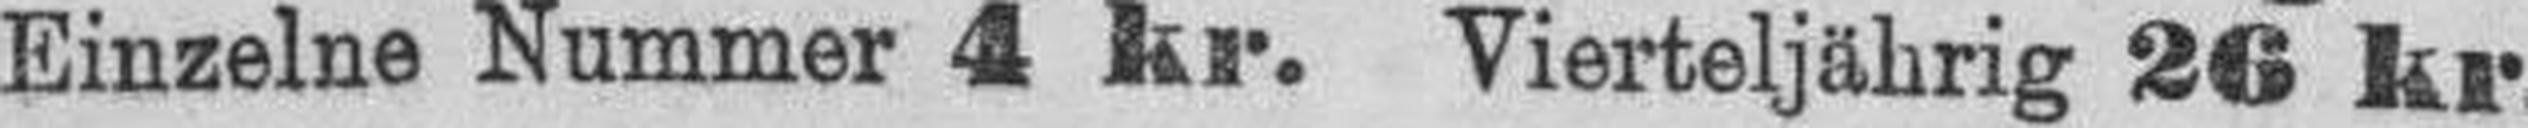
Einzelne Nummer 4 kr. Vierteljährig 26 kr.